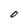
Character: O